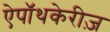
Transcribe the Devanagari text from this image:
ऐपॉथकेरीज़